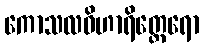
ကောသလဝိဟာရိတ္ထေရော